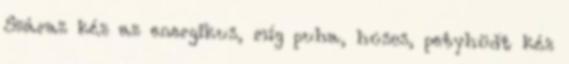
Száraz kéz az energikus, míg puha, húsos, petyhüdt kéz